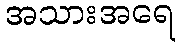
အသားအရေ